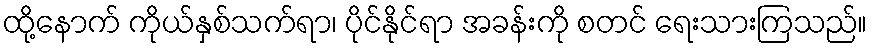
ထို့နောက် ကိုယ်နှစ်သက်ရာ၊ ပိုင်နိုင်ရာ အခန်းကို စတင် ရေးသားကြသည်။